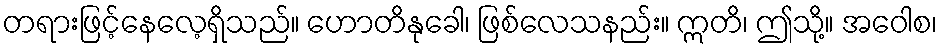
တရားဖြင့်နေလေ့ရှိသည်။ ဟောတိနုခေါ၊ ဖြစ်လေသနည်း။ ဣတိ၊ ဤသို့။ အဝေါစ၊